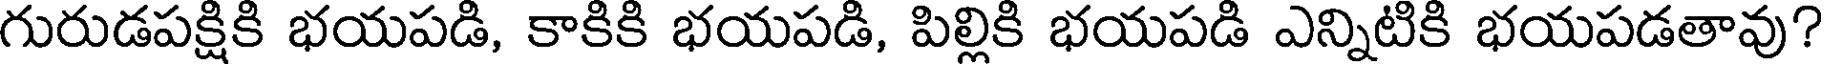
గురుడపక్షికి భయపడి, కాకికి భయపడి, పిల్లికి భయపడి ఎన్నిటికి భయపడతావు?